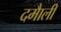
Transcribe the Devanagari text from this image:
दमाैली